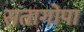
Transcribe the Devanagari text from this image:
सतागोपा